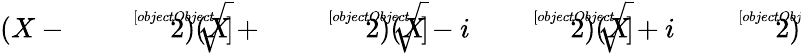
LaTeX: (X-{\sqrt[[objectObject]]{2}})(X+{\sqrt[[objectObject]]{2}})(X-i{\sqrt[[objectObject]]{2}})(X+i{\sqrt[[objectObject]]{2}})